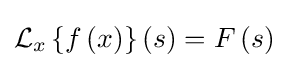
{\textstyle {\mathcal {L}}_{x}\left\{f\left(x\right)\right\}\left(s\right)=F\left(s\right)}